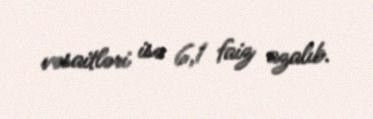
vəsaitləri isə 6,1 faiz azalıb.